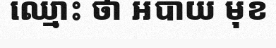
ឈ្មោះ ថា អបាយ មុខ